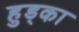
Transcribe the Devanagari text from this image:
हुड्का